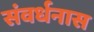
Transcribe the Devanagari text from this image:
संवर्धनास